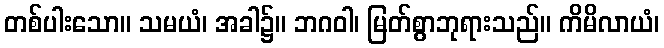
တစ်ပါးသော။ သမယံ၊ အခါ၌။ ဘဂဝါ၊ မြတ်စွာဘုရားသည်။ ကိမိလာယံ၊